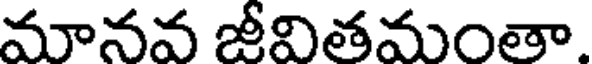
మానవ జీవితమంతా